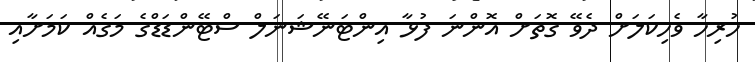
ހުރިހާ ވެހިކަލަށް ދެވޭ ގޮތަށް އޮންނަ ފުޅާ އިންޓަނޭޝަނަލް ސްޓޭންޑަޑްގެ މަގެއް ކަމަށާއި